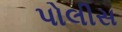
પોલીસ